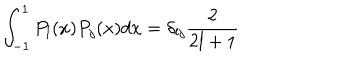
LaTeX: \int _ { - 1 } ^ { 1 } P _ { l } ( x ) P _ { j } ( x ) d x = \delta _ { l j } \frac { 2 } { 2 l + 1 }